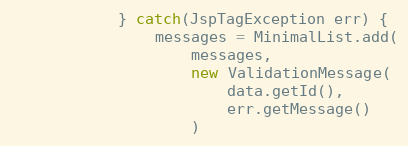
Language: Java
			} catch(JspTagException err) {
				messages = MinimalList.add(
					messages,
					new ValidationMessage(
						data.getId(),
						err.getMessage()
					)